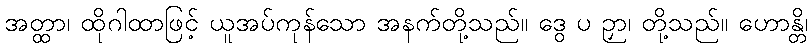
အတ္ထာ၊ ထိုဂါထာဖြင့် ယူအပ်ကုန်သော အနက်တို့သည်။ ဒွေ ပ ဉှာ၊ တို့သည်။ ဟောန္တိ၊